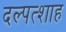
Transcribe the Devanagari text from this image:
दल्पत्शाह